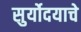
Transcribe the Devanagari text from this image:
सुर्योदयाचे